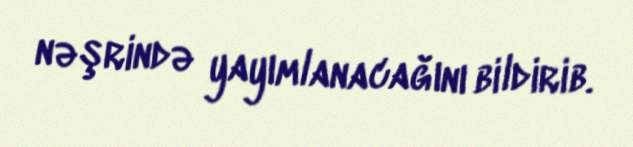
nəşrində yayımlanacağını bildirib.